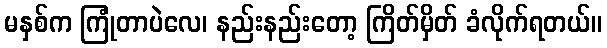
မနှစ်က ကြုံတာပဲလေ၊ နည်းနည်းတော့ ကြိတ်မှိတ် ခံလိုက်ရတယ်။